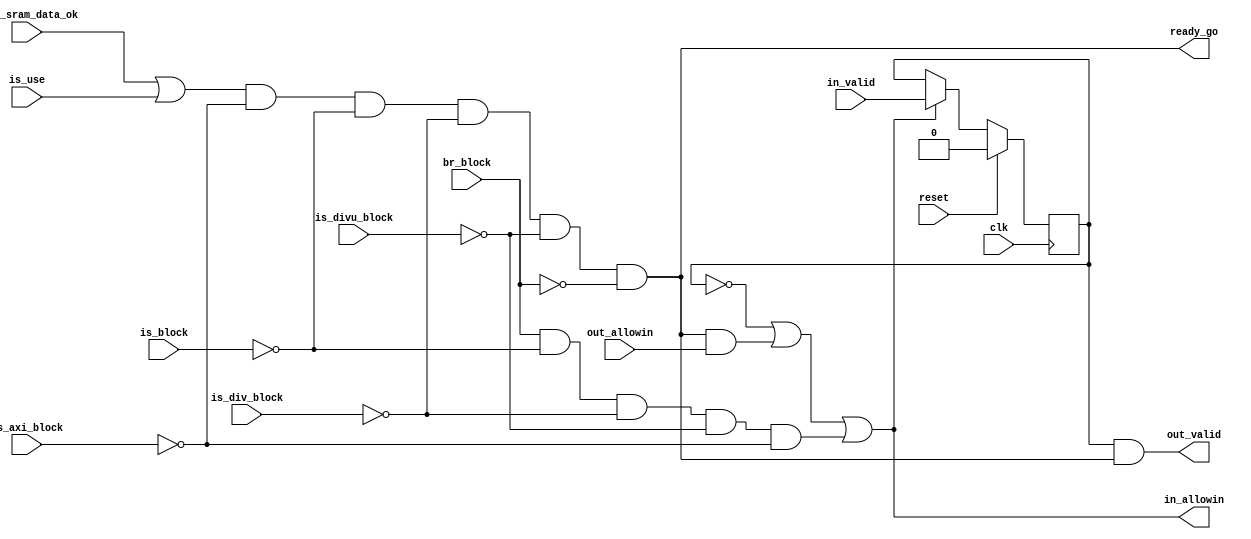
module Pre_IF(
    input           clk,
    input           reset,

    input           is_div_block,
    input           is_divu_block,
    input           is_block,
    input           br_block,
    input           is_axi_block,

    output          in_allowin,
    input           in_valid,//valid,1

    input           out_allowin,//
    output          out_valid,//valid

    input           is_use,
    input           inst_sram_data_ok,

    output          ready_go
);
reg         valid;

assign ready_go      =  (inst_sram_data_ok | is_use) & !is_axi_block & !is_block & !is_div_block & !is_divu_block & !br_block;
assign in_allowin       = !valid | (ready_go & out_allowin) | (br_block & !is_block & ! is_div_block & !is_divu_block & !is_axi_block);//  
assign out_valid   = valid && ready_go;

always @(posedge clk) begin
    if(reset) begin
        valid <= 1'b0;
    end 
    else if (in_allowin) begin
        valid <= in_valid;
    end
end
endmodule